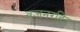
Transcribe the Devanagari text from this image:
वजनरहित